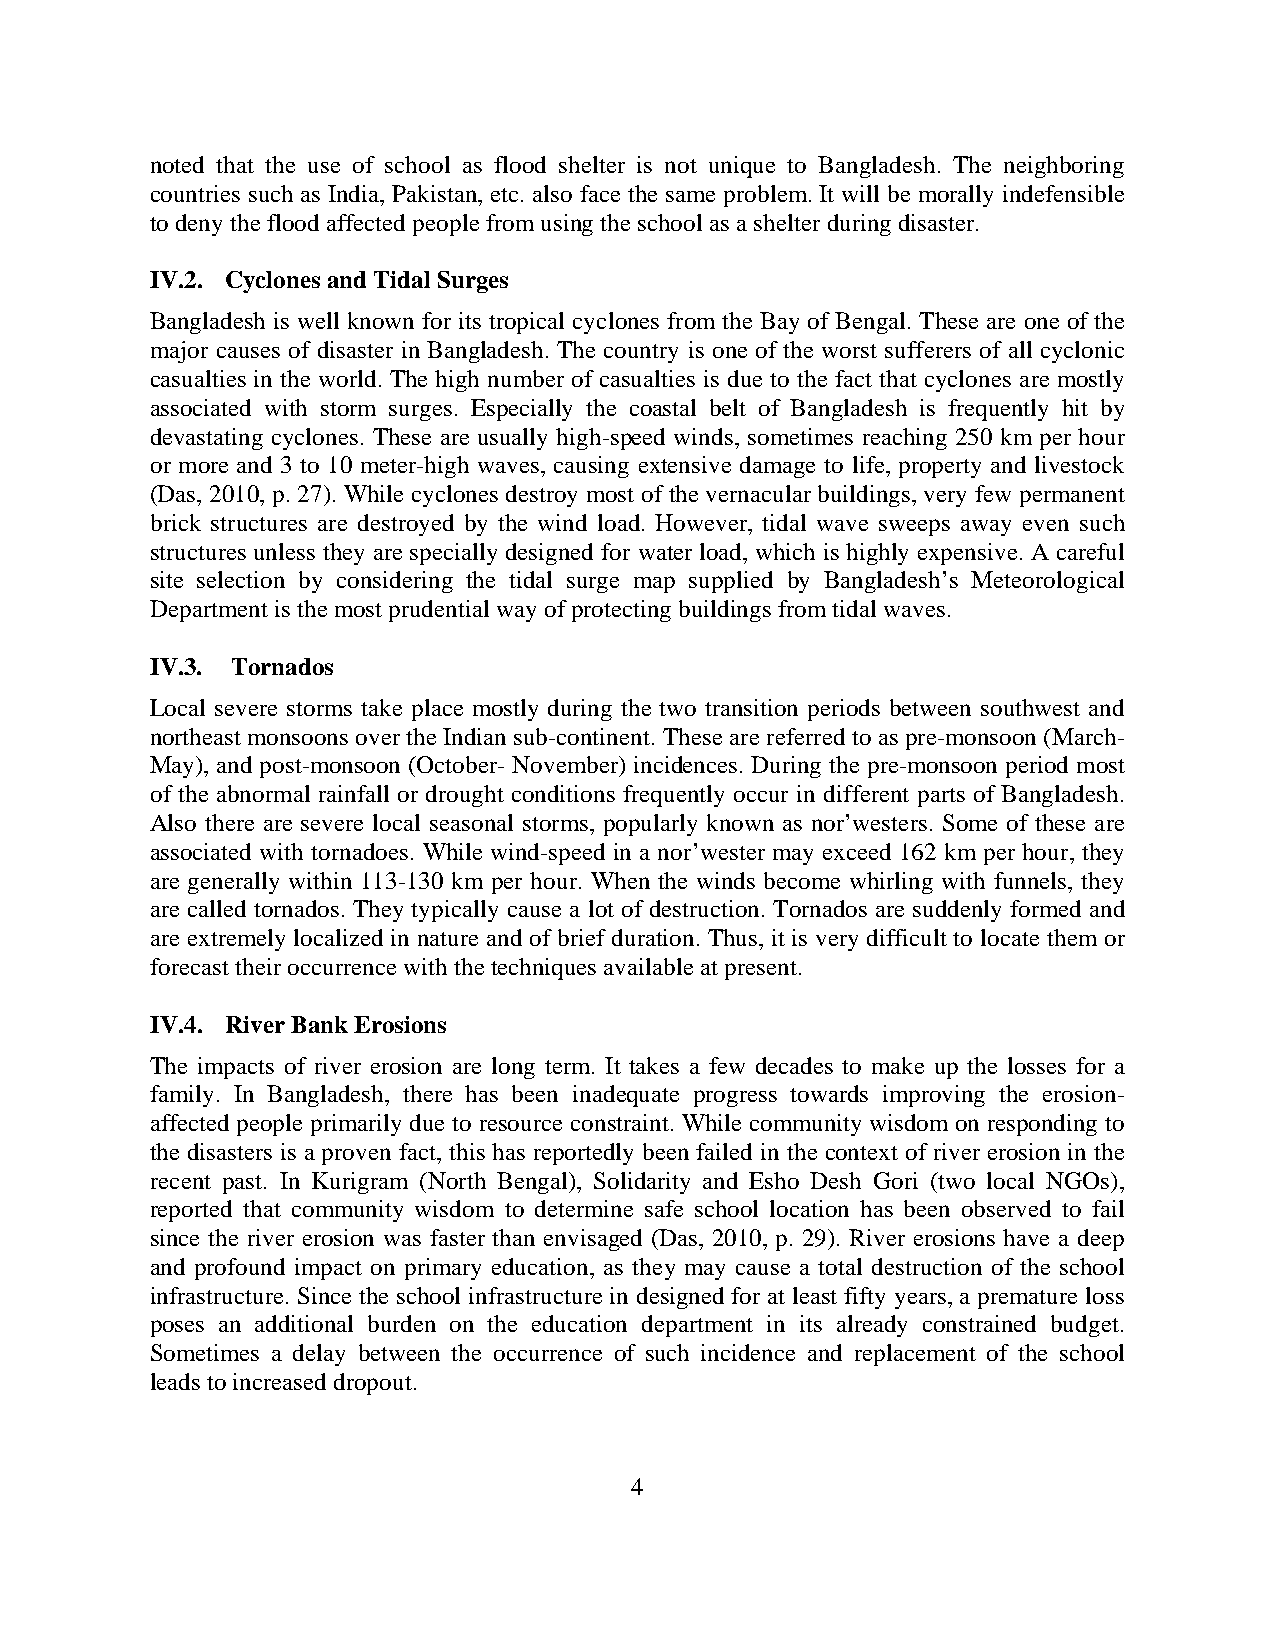
noted that the use of school as flood shelter is not unique to Bangladesh. The neighboring
 countries such as India, Pakistan, etc. also face the same problem. It will be morally indefensible
 to deny the flood affected people from using the school as a shelter during disaster.
 IV.2. Cyclones and Tidal Surges
 Bangladesh is well known for its tropical cyclones from the Bay of Bengal. These are one of the
 major causes of disaster in Bangladesh. The country is one of the worst sufferers of all cyclonic
 casualties in the world. The high number of casualties is due to the fact that cyclones are mostly
 associated with storm surges. Especially the coastal belt of Bangladesh is frequently hit by
 devastating cyclones. These are usually high-speed winds, sometimes reaching 250 km per hour
 or more and 3 to 10 meter-high waves, causing extensive damage to life, property and livestock
 (Das, 2010, p. 27). While cyclones destroy most of the vernacular buildings, very few permanent
 brick structures are destroyed by the wind load. However, tidal wave sweeps away even such
 structures unless they are specially designed for water load, which is highly expensive. A careful
 site selection by considering the tidal surge map supplied by Bangladesh’s Meteorological
 Department is the most prudential way of protecting buildings from tidal waves.
 IV.3. Tornados
 Local severe storms take place mostly during the two transition periods between southwest and
 northeast monsoons over the Indian sub-continent. These are referred to as pre-monsoon (March-
 May), and post-monsoon (October- November) incidences. During the pre-monsoon period most
 of the abnormal rainfall or drought conditions frequently occur in different parts of Bangladesh.
 Also there are severe local seasonal storms, popularly known as nor’westers. Some of these are
 associated with tornadoes. While wind-speed in a nor’wester may exceed 162 km per hour, they
 are generally within 113-130 km per hour. When the winds become whirling with funnels, they
 are called tornados. They typically cause a lot of destruction. Tornados are suddenly formed and
 are extremely localized in nature and of brief duration. Thus, it is very difficult to locate them or
 forecast their occurrence with the techniques available at present.
 IV.4. River Bank Erosions
 The impacts of river erosion are long term. It takes a few decades to make up the losses for a
 family. In Bangladesh, there has been inadequate progress towards improving the erosion-
 affected people primarily due to resource constraint. While community wisdom on responding to
 the disasters is a proven fact, this has reportedly been failed in the context of river erosion in the
 recent past. In Kurigram (North Bengal), Solidarity and Esho Desh Gori (two local NGOs),
 reported that community wisdom to determine safe school location has been observed to fail
 since the river erosion was faster than envisaged (Das, 2010, p. 29). River erosions have a deep
 and profound impact on primary education, as they may cause a total destruction of the school
 infrastructure. Since the school infrastructure in designed for at least fifty years, a premature loss
 poses an additional burden on the education department in its already constrained budget.
 Sometimes a delay between the occurrence of such incidence and replacement of the school
 leads to increased dropout.
 4